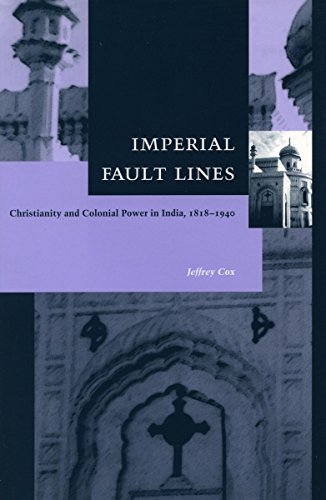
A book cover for Imperial Fault Lines: Christianity and Colonial Power in India, 1818-1940; Jeffrey Cox; History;